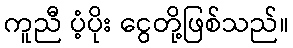
ကူညီ ပံ့ပိုး ငွေတို့ဖြစ်သည်။